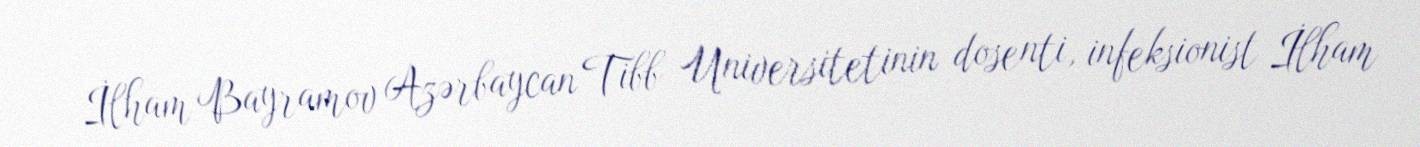
İlham Bayramov Azərbaycan Tibb Universitetinin dosenti, infeksionist İlham